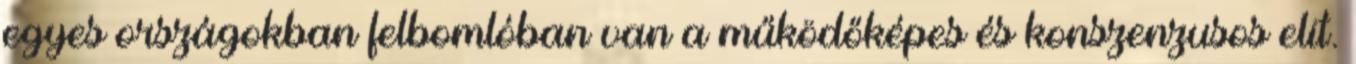
egyes országokban felbomlóban van a működőképes és konszenzusos elit.